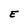
Character: E